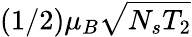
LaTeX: (1/2)\mu_{B}\sqrt{N_{s}T_{2}}